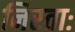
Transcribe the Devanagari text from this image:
निरताः